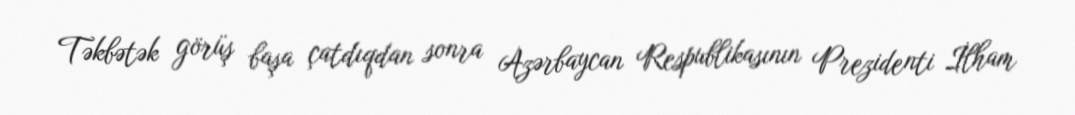
Təkbətək görüş başa çatdıqdan sonra Azərbaycan Respublikasının Prezidenti İlham